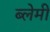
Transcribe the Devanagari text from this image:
ब्लेमी